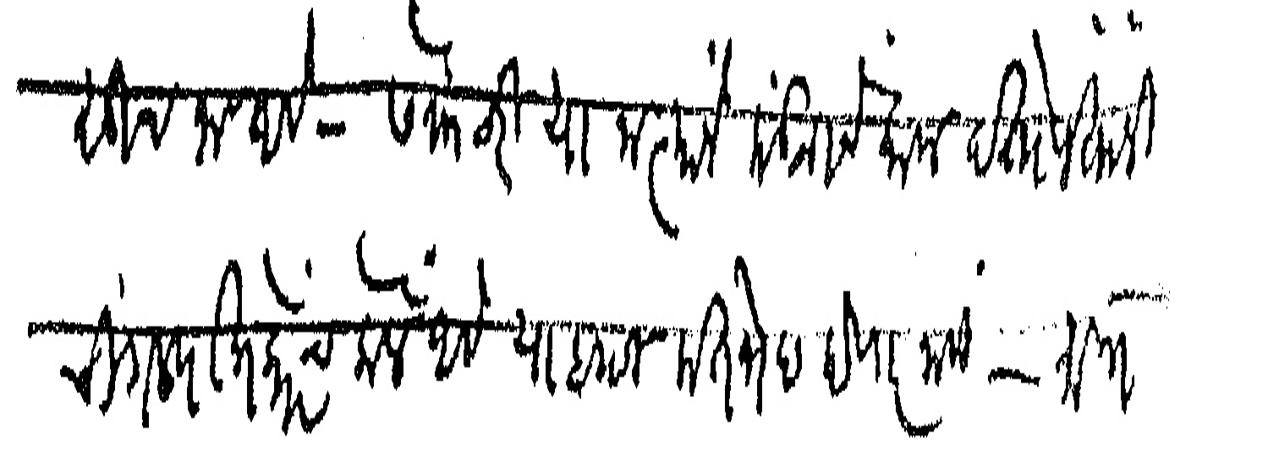
Transliteration (Devanagari): सूचना आहे सेक्रेटरी या नात्याने मंडळाचे काम दत्तोपंतांनी चांगल्याप्रकारेच केले आहे या बदल मतभेद होणार नाही मात्र